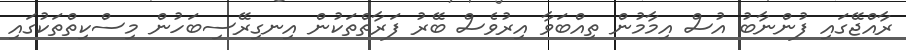
ރާއްޖޭގައި ފުންނާބު އުސް އިމާމުން ތިއްބަވާ އިރުވެސް ބޭރު ފަރާތްތަކުން އިނގިރޭސިބަހުން މިސްކިތްތަކުގައި